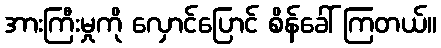
အားကြီးမှုကို လှောင်ပြောင် စိန်ခေါ် ကြတယ်။